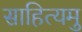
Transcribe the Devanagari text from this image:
साहित्यमु